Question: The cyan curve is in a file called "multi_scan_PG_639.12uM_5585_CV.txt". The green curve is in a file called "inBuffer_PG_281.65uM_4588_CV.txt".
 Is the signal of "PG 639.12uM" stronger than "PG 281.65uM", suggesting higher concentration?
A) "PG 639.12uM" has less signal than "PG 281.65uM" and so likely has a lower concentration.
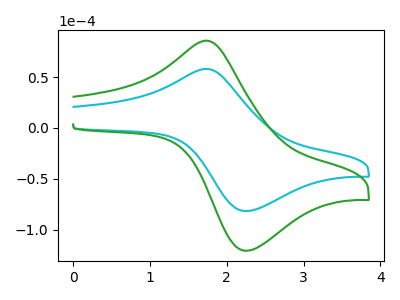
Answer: <think>The cyan curve "PG 639.12uM" has an anodic peak at (1.75V, 58.05uA) and a cathodic peak at (2.25V, -81.55uA). The green curve "PG 281.65uM" has an anodic peak at (1.75V, 85.75uA) and a cathodic peak at (2.25V, -120.50uA).
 All the peaks in "PG 639.12uM" have a peak in "PG 281.65uM" at the same potential. Every peak in "PG 639.12uM" is lower than every peak in "PG 281.65uM".</think>
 <answer>A) "PG 639.12uM" has less signal than "PG 281.65uM" and so likely has a lower concentration.</answer>
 <eval>A</eval>